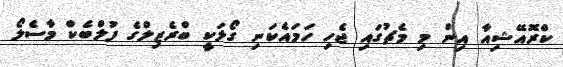
ކްރޮއޭޝިއާ އިން މި މެޗުގައި ޖެހި ހަމައެކަނި ގޯލަކީ ބްރެޒިލްގެ ފުލްބެކް މާސެލޯ